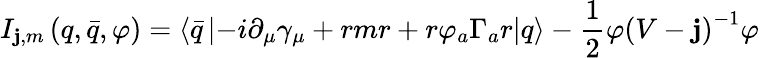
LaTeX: I_{\mathbf{j},m}\left(q,\bar{{q}},\varphi\right)=\left\langle\bar{{q}}\left|-i\partial_{\mu}\gamma_{\mu}+rmr+r\varphi_{a}\Gamma_{a}r\right|q\right\rangle-\frac{1}{2}\varphi\left(V-\mathbf{j}\right)^{-1}\varphi